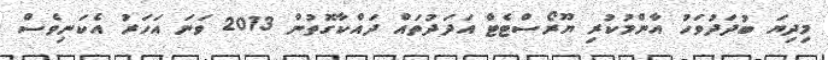
މިދިޔަ ބުދަދުވަހު އާންމުކުރި ޔޫރޯސްޓެޓް އަދަދުތައް ދައްކާގޮތުން 2013 ވަނަ އަހަރު އެކަނިވެސް